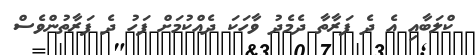
ކްލަބާއި އެ ދެ ފަރާތާ ދެމެދު ވާހަކަ ދެއްކުމަށް ފަހު ދެ ފަރާތުންވެސް